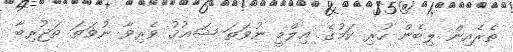
ތެރެއިން ލިބެން ހުރި ކަމުގެ ޢިލްމީ ނުވަތަ ޝަޢުޤު ވެރިވާ ނުވަތަ ތަޖުރިބާ